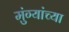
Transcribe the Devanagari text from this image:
मुंग्यांच्या